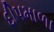
દીપમાળા